Scottish Certificate of Education, 1963
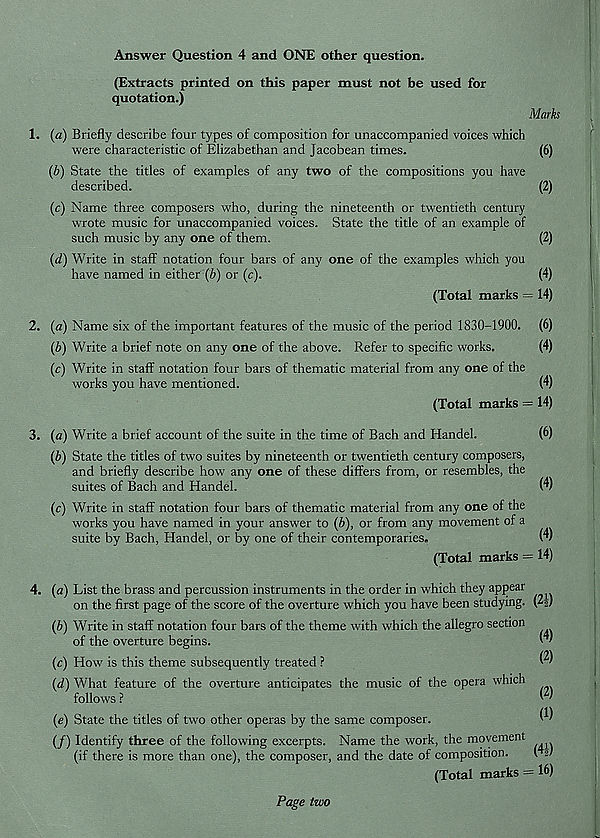
Answer Question 4 and ONE other question.
(Extracts printed on this paper must not be used for
quotation.)
Marks
1. (a) Briefly describe four types of composition for unaccompanied voices which
were characteristic of Elizabethan and Jacobean times.
(6)
(b) State the titles of examples of any two of the compositions you have
described.
(2)
(c) Name three composers who, during the nineteenth or twentieth century
wrote music for unaccompanied voices. State the title of an example of
such music by any one of them.
(2)
(d) Write in staff notation four bars of any one of the examples which you
have named in either (b) or (e).
(4)
(Total marks = 14)
2. (a) Name six of the important features of the music of the period 1830-1900. (6)
(b) Write a brief note on any one of the above. Refer to specific works.
(4)
(c) Write in staff notation four bars of thematic material from any one of the
works you have mentioned.
(4)
(Total marks = 14)
3. (a) Write a brief account of the suite in the time of Bach and Handel.
(6)
(b) State the titles of two suites by nineteenth or twentieth century composers,
and briefly describe how any one of these differs from, or resembles, the
suites of Bach and Handel.
(4)
(c) Write in staff notation four bars of thematic material from any one of the
works you have named in your answer to (b), or from any movement of a
suite by Bach, Handel, or by one of their contemporaries.
(4)
(Total marks = 14)
4. (a) List the brass and percussion instruments in the order in which they appear
on the first page of the score of the overture which you have been studying. (21)
(b) Write in staff notation four bars of the theme with which the allegro section
of the overture begins.
(c) How is this theme subsequently treated ?
(d) What feature of the overture anticipates the music of the opera which
follows ?
(e) State the titles of two other operas by the same composer.
(4)
(2)
(2)
(1)
(/) Identify three of the following excerpts,
(if there is more than one), the composer,
Name the work, the movement
and the date of composition.
(41)
(Total marks = 16)
Page two